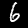
Label: 6